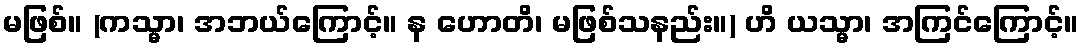
မဖြစ်။ (ကသ္မာ၊ အဘယ်ကြောင့်။ န ဟောတိ၊ မဖြစ်သနည်း။) ဟိ ယသ္မာ၊ အကြင်ကြောင့်။